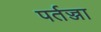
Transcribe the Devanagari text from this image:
पर्तज्जा